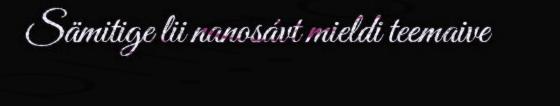
Sämitige lii nanosávt mieldi teemaive